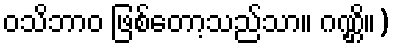
ဝသိဘာဝ ဖြစ်တော့သည်သာ။ ဂဏ္ဌိ။)